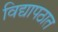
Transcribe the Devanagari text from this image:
विद्यापठात